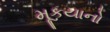
મૂકયાનો